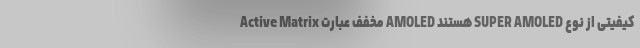
کیفیتی از نوع SUPER AMOLED هستند AMOLED مخفف عبارت Active Matrix